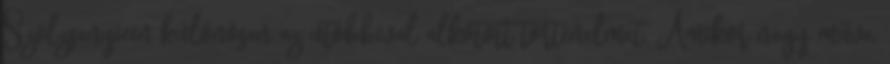
Szolzsenyicin különösen az utóbbival alkotott történelmet. Amikor nagy műve,